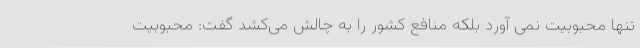
تنها محبوبیت نمی آورد بلکه منافع کشور را به چالش می‌کشد گفت: محبوبیت